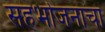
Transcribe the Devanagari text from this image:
सहभोजनाचा